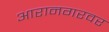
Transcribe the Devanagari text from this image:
आरानगरवर